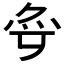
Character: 𱪶